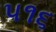
૫૧૬